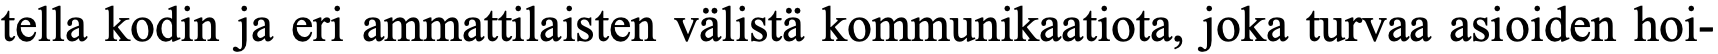
tella kodin ja eri ammattilaisten välistä kommunikaatiota, joka turvaa asioiden hoi-